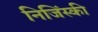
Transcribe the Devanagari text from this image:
निजिंस्की